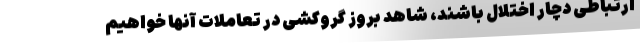
ارتباطی دچار اختلال باشند، شاهد بروز گروکشی در تعاملات آنها خواهیم